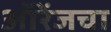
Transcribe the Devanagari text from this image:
ऑरेंजचा